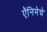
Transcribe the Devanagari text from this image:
ऍनिमेचे